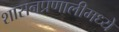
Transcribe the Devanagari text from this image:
शासनप्रणालीमध्ये